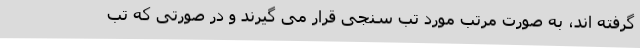
گرفته اند، به صورت مرتب مورد تب سنجی قرار می گیرند و در صورتی که تب